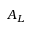
A _ { L }